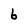
Character: 6